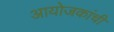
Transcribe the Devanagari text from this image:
आयोजकांची